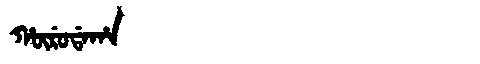
Manchu: ᡥᡡᡵᡠᡩᠠᡥᠠ
Romanization: HŪRUDAHA